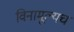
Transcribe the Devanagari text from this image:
विनामूल्यच